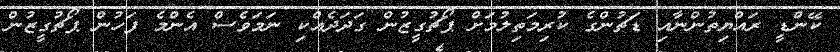
ކޭންޑީ ރައްޔިތުންނާއި ޑަޗުންގެ ކުރިމަތިލުމަށް ޕޯޗުގީޒުން ގަދަދެއްކި ނަމަވެސް އެންމެ ފަހުން ޕޯޗުގީޒުން